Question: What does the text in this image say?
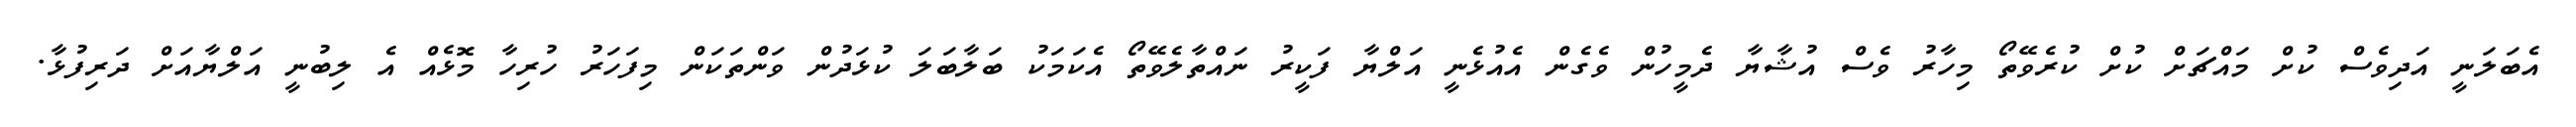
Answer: އެބަލަނީ އަދިވެސް ކުށް މައްޗަށް ކުށް ކުރެވޭތޯ މިހާރު ވެސް އުޝާޔާ ދެމީހުން ވެގެން އެއުޅެނީ އަލްޔާ ފަކީރު ނައްތާލެވޭތޯ އެކަމަކު ބަލާބަލަ ކުޅަދުން ވަންތަކަން މިފަހަރު ހުރިހާ މޮޅެއް އެ ލިބުނީ އަލްޔާއަށް ދަރިފުޅާ.